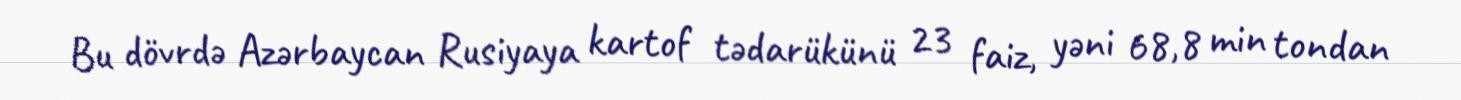
Bu dövrdə Azərbaycan Rusiyaya kartof tədarükünü 23 faiz, yəni 68,8 min tondan